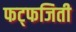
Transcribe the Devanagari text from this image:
फट्फजिती